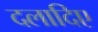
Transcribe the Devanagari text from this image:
दलादिए